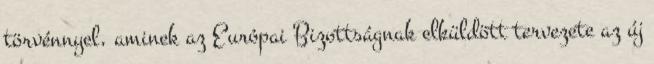
törvénnyel, aminek az Európai Bizottságnak elküldött tervezete az új